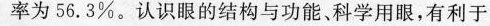
率为56.3%。认识眼的结构与功能、科学用眼，有利于